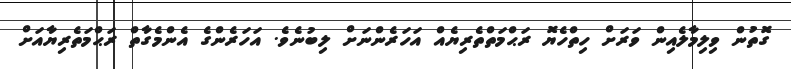
ގޮތުން ވިލިމާލެއިން ވަރަށް ހިތްހެޔޮ ރަޙްމަތްތެރިޔެއް އަހަރެންނަށް ލިބުނެވެ. އަހަރެންގެ އެންމެގާތް ރަޙްމަތެރިޔާއަށް